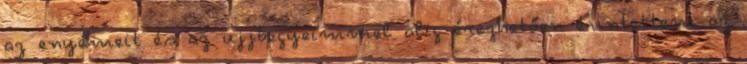
az enyémeit és az ujjbegyeimmel alig érezhetően érintettem az